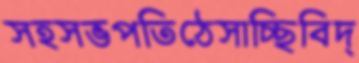
সহসভপতিঠেসাচ্ছিবিদ্